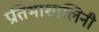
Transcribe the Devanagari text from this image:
प्रतिभाशालिनी